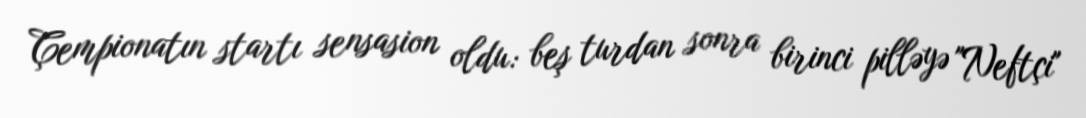
Çempionatın startı sensasion oldu: beş turdan sonra birinci pilləyə "Neftçi"